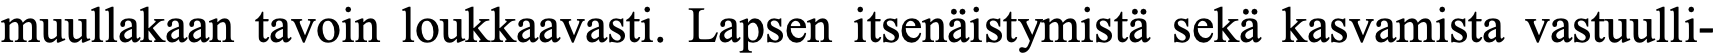
muullakaan tavoin loukkaavasti. Lapsen itsenäistymistä sekä kasvamista vastuulli-